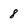
Character: 8